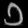
Digit: ၁